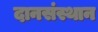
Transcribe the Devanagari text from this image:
दानसंस्थान